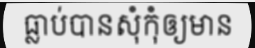
ធ្លាប់បានសុំកុំឲ្យមាន